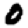
Digit: 0